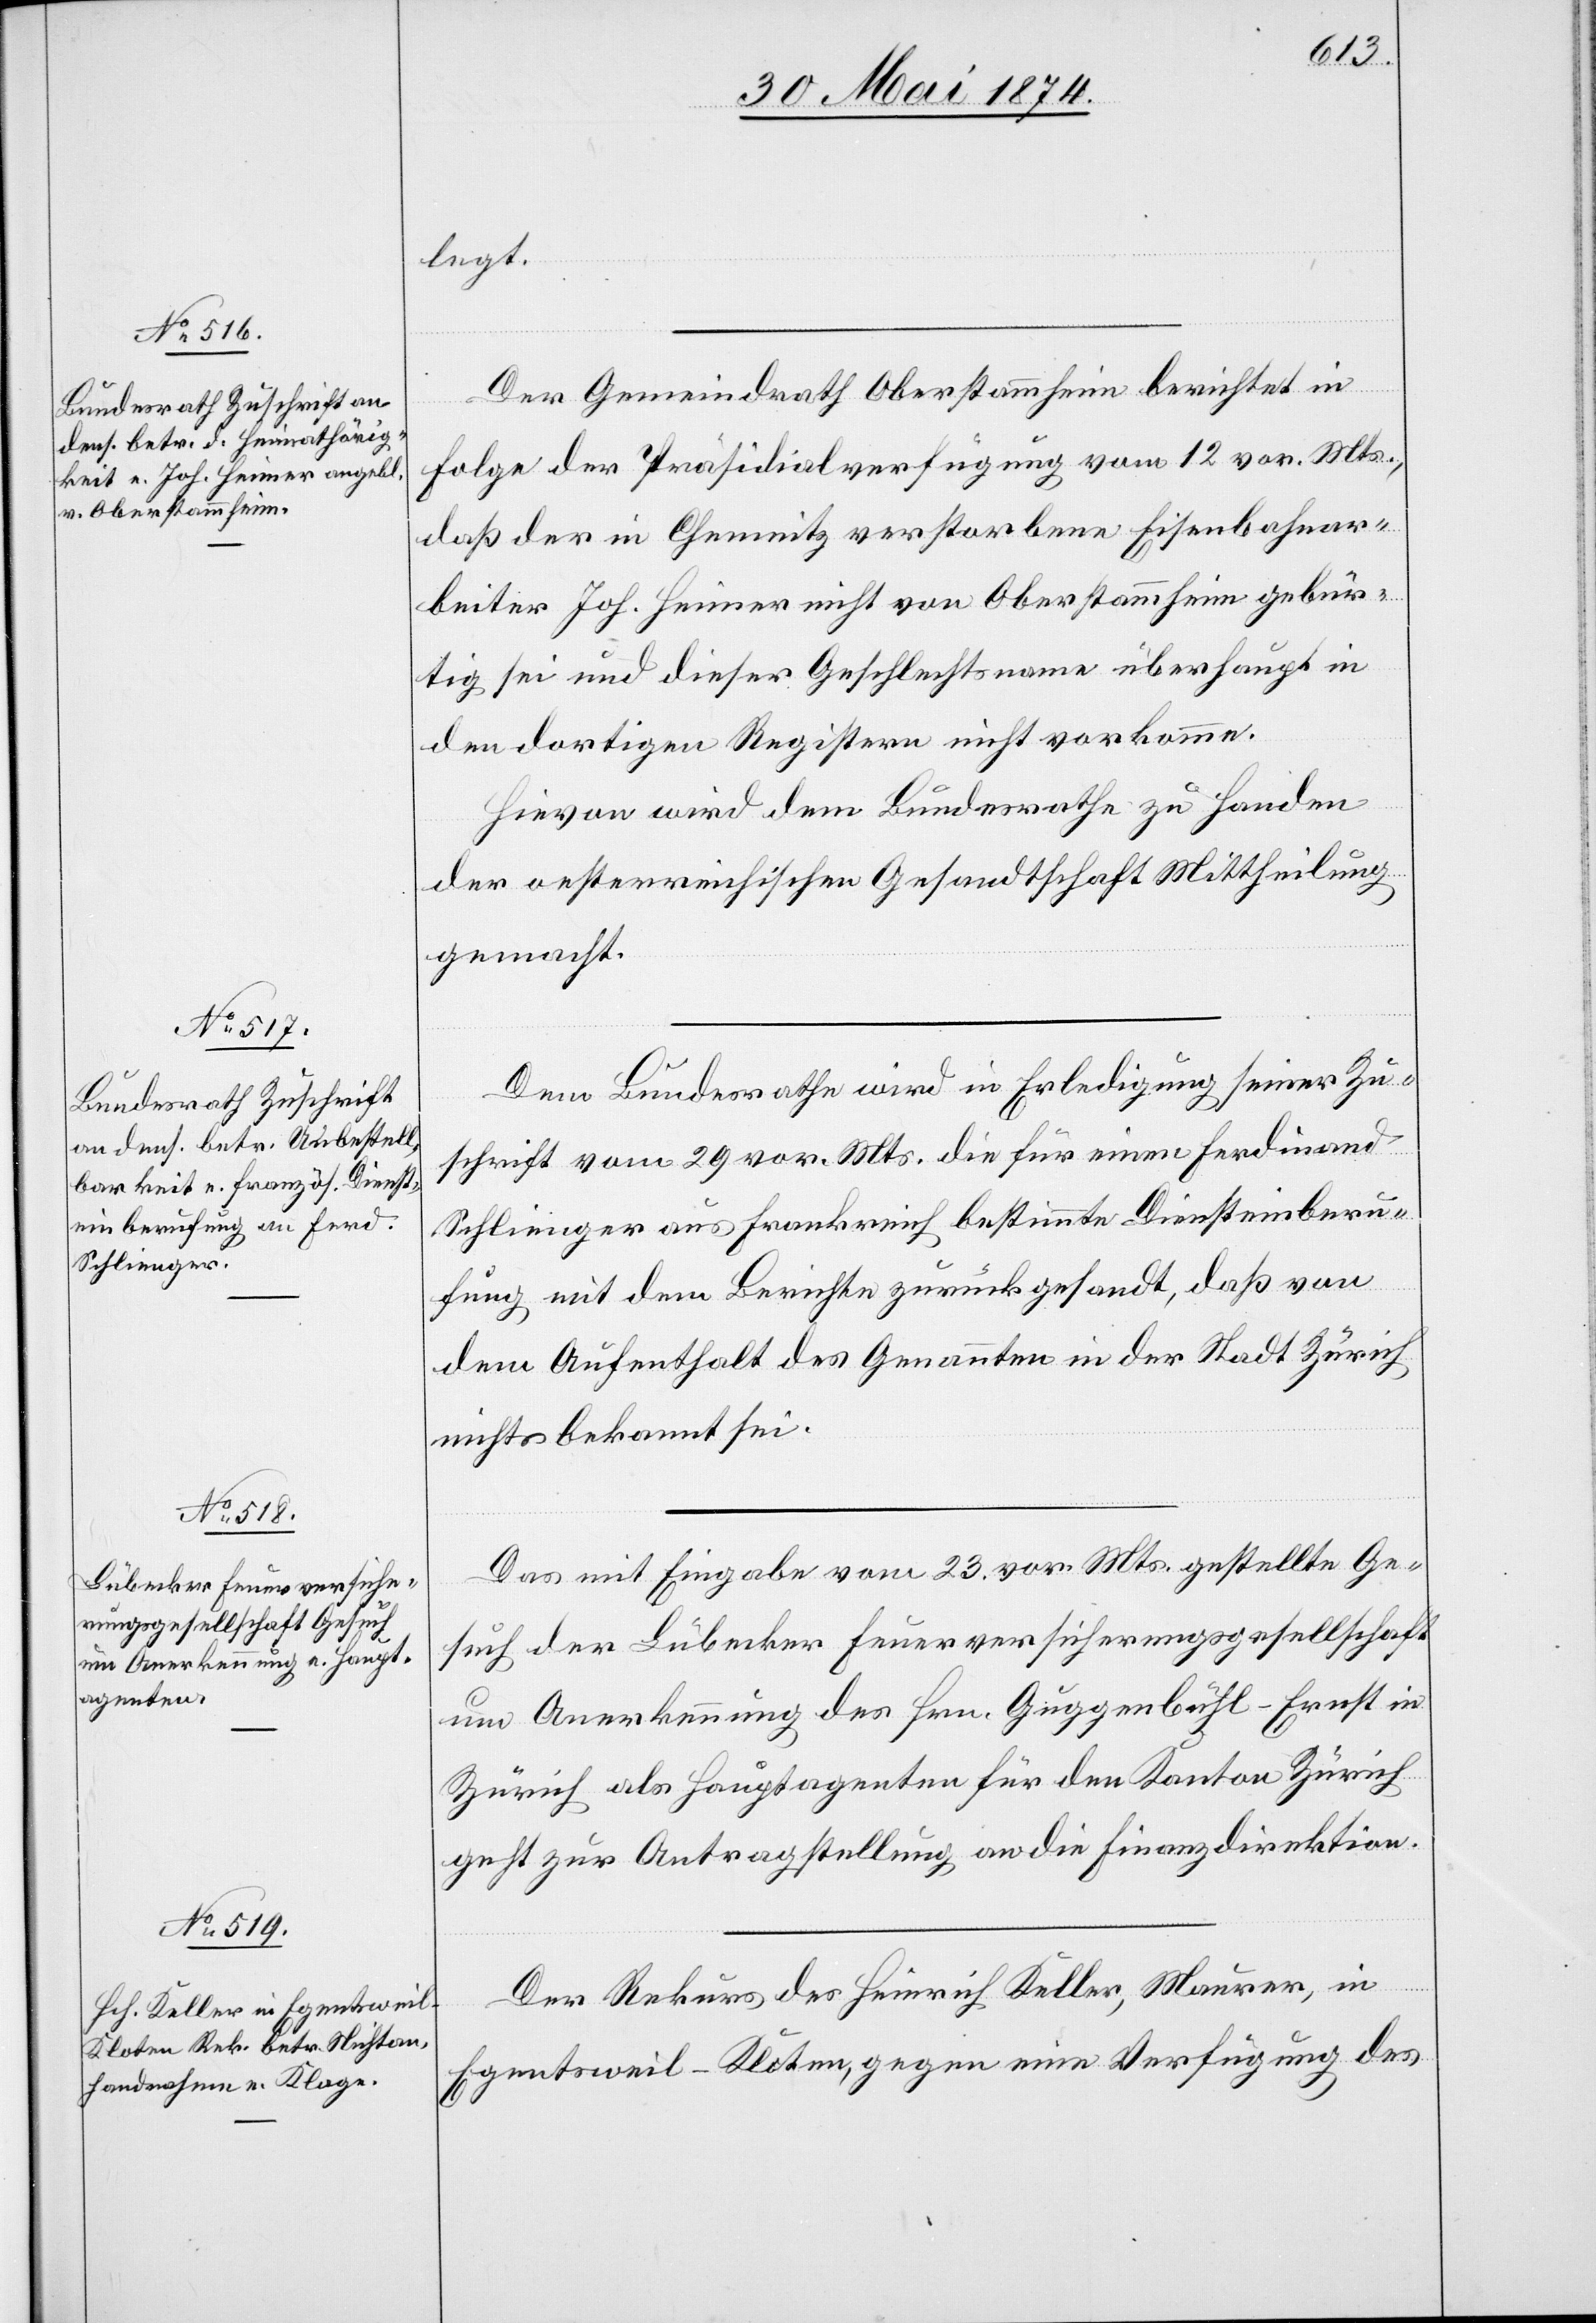
legt.
Der Gemeindrath Oberstammheim berichtet in
Folge der Präsidialverfügung vom 12. vor. Mts.,
daß der in Chemnitz verstorbene Eisenbahnar¬
beiter Joh. Heiner nicht von Oberstammheim gebür¬
tig sei und dieser Geschlechtsname überhaupt in
den dortigen Registern nicht vorkomme.
Hievon wird dem Bundesrathe zu Handen
der oesterreichischen Gesandtschaft Mittheilung
gemacht.
Dem Bundesrathe wird in Erledigung seiner Zu¬
schrift vom 29. vor. Mts. die für einen Ferdinand
Schlinger aus Frankreich bestimmte Diensteinberu¬
fung mit dem Berichte zurückgesandt, daß von
dem Aufenthalt des Genannten in der Stadt Zürich
nichts bekannt sei.
Das mit Eingabe vom 23. vor. Mts. gestellte Ge¬
such der Lübecker Feuerversicherungsgesellschaft
um Anerkennung des Hrn. Guggenbühl-Ernst in
Zürich als Hauptagenten für den Kanton Zürich
geht zur Antragstellung an die Finanzdirektion.
Juni
Der Rekurs des Heinrich Keller, Maurer, in
Egentsweil-Koten, gegen eine Verfügung des